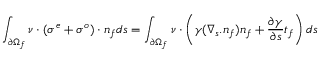
\int _ { \partial \Omega _ { f } } \boldsymbol { \nu } \cdot ( \boldsymbol { \sigma ^ { e } } + \boldsymbol { \sigma ^ { o } } ) \cdot \boldsymbol { n _ { f } } d s = \int _ { \partial \Omega _ { f } } \boldsymbol { \nu } \cdot \left( \gamma ( \nabla _ { s } . n _ { f } ) \boldsymbol { n _ { f } } + \frac { \partial \gamma } { \partial s } \boldsymbol { t _ { f } } \right) d s